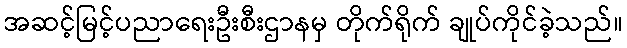
အဆင့်မြင့်ပညာရေးဦးစီးဌာနမှ တိုက်ရိုက် ချုပ်ကိုင်ခဲ့သည်။